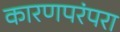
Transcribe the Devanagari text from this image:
कारणपरंपरा